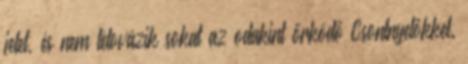
jelet, és nem tétovázik sokat az odakint őrködő Csontnyelőkkel.